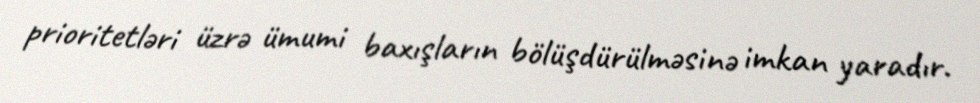
prioritetləri üzrə ümumi baxışların bölüşdürülməsinə imkan yaradır.